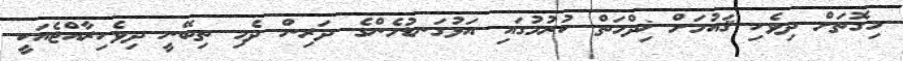
މިގޮތަށް ދިވެހި ޤައުމަށް ޚިދްމަތް ކުރުމުގައި އަޅުގަނޑުމެންގެ ދަރިން ދެމި ތިބޭނީ ދިވެހިރާއްޖެއަކީ